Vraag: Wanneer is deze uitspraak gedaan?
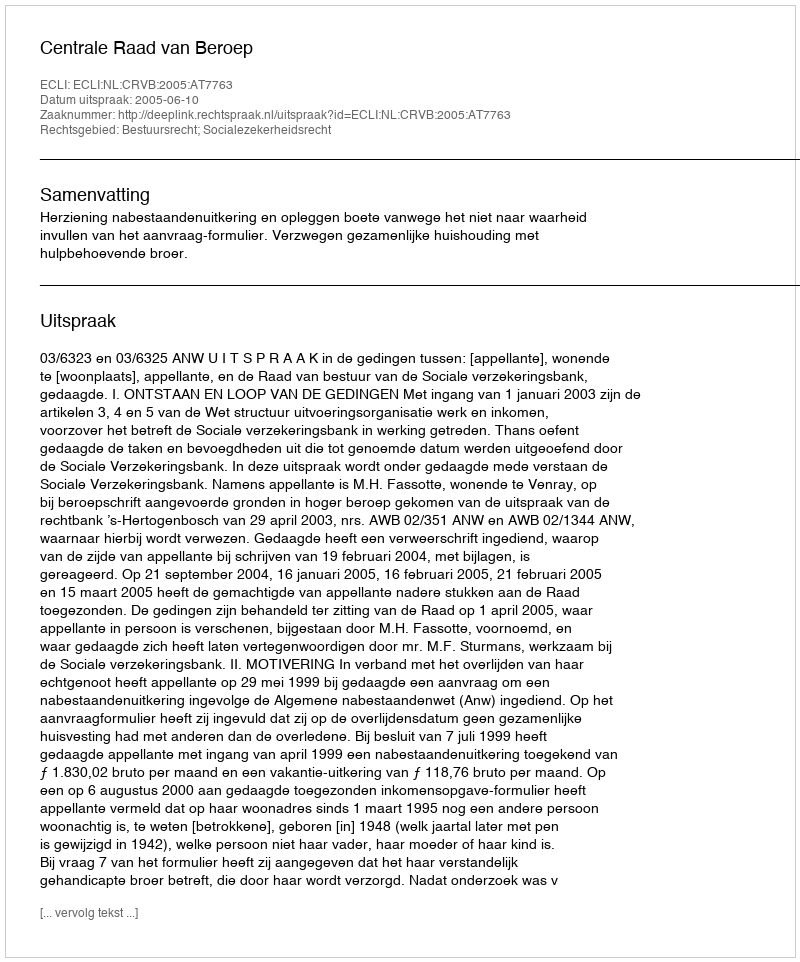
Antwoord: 2005-06-10